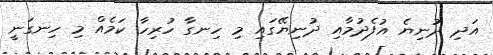
އަދި ދުނިޔެ އުފެދުމާއި ދުނިޔޭގައި މި ހިނގާ ހުރިހާ ކަމެއް މި ހިނގަނީ